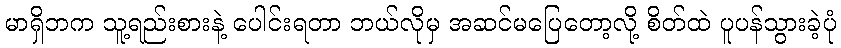
မာရှိဘက သူ့ရည်းစားနဲ့ ပေါင်းရတာ ဘယ်လိုမှ အဆင်မပြေတော့လို့ စိတ်ထဲ ပူပန်သွားခဲ့ပုံ